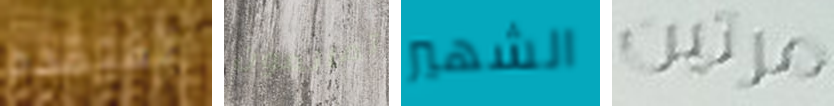
تفتقده تمانعون الشهير مرتين